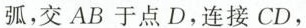
弧，交AB于点D，连接CD，